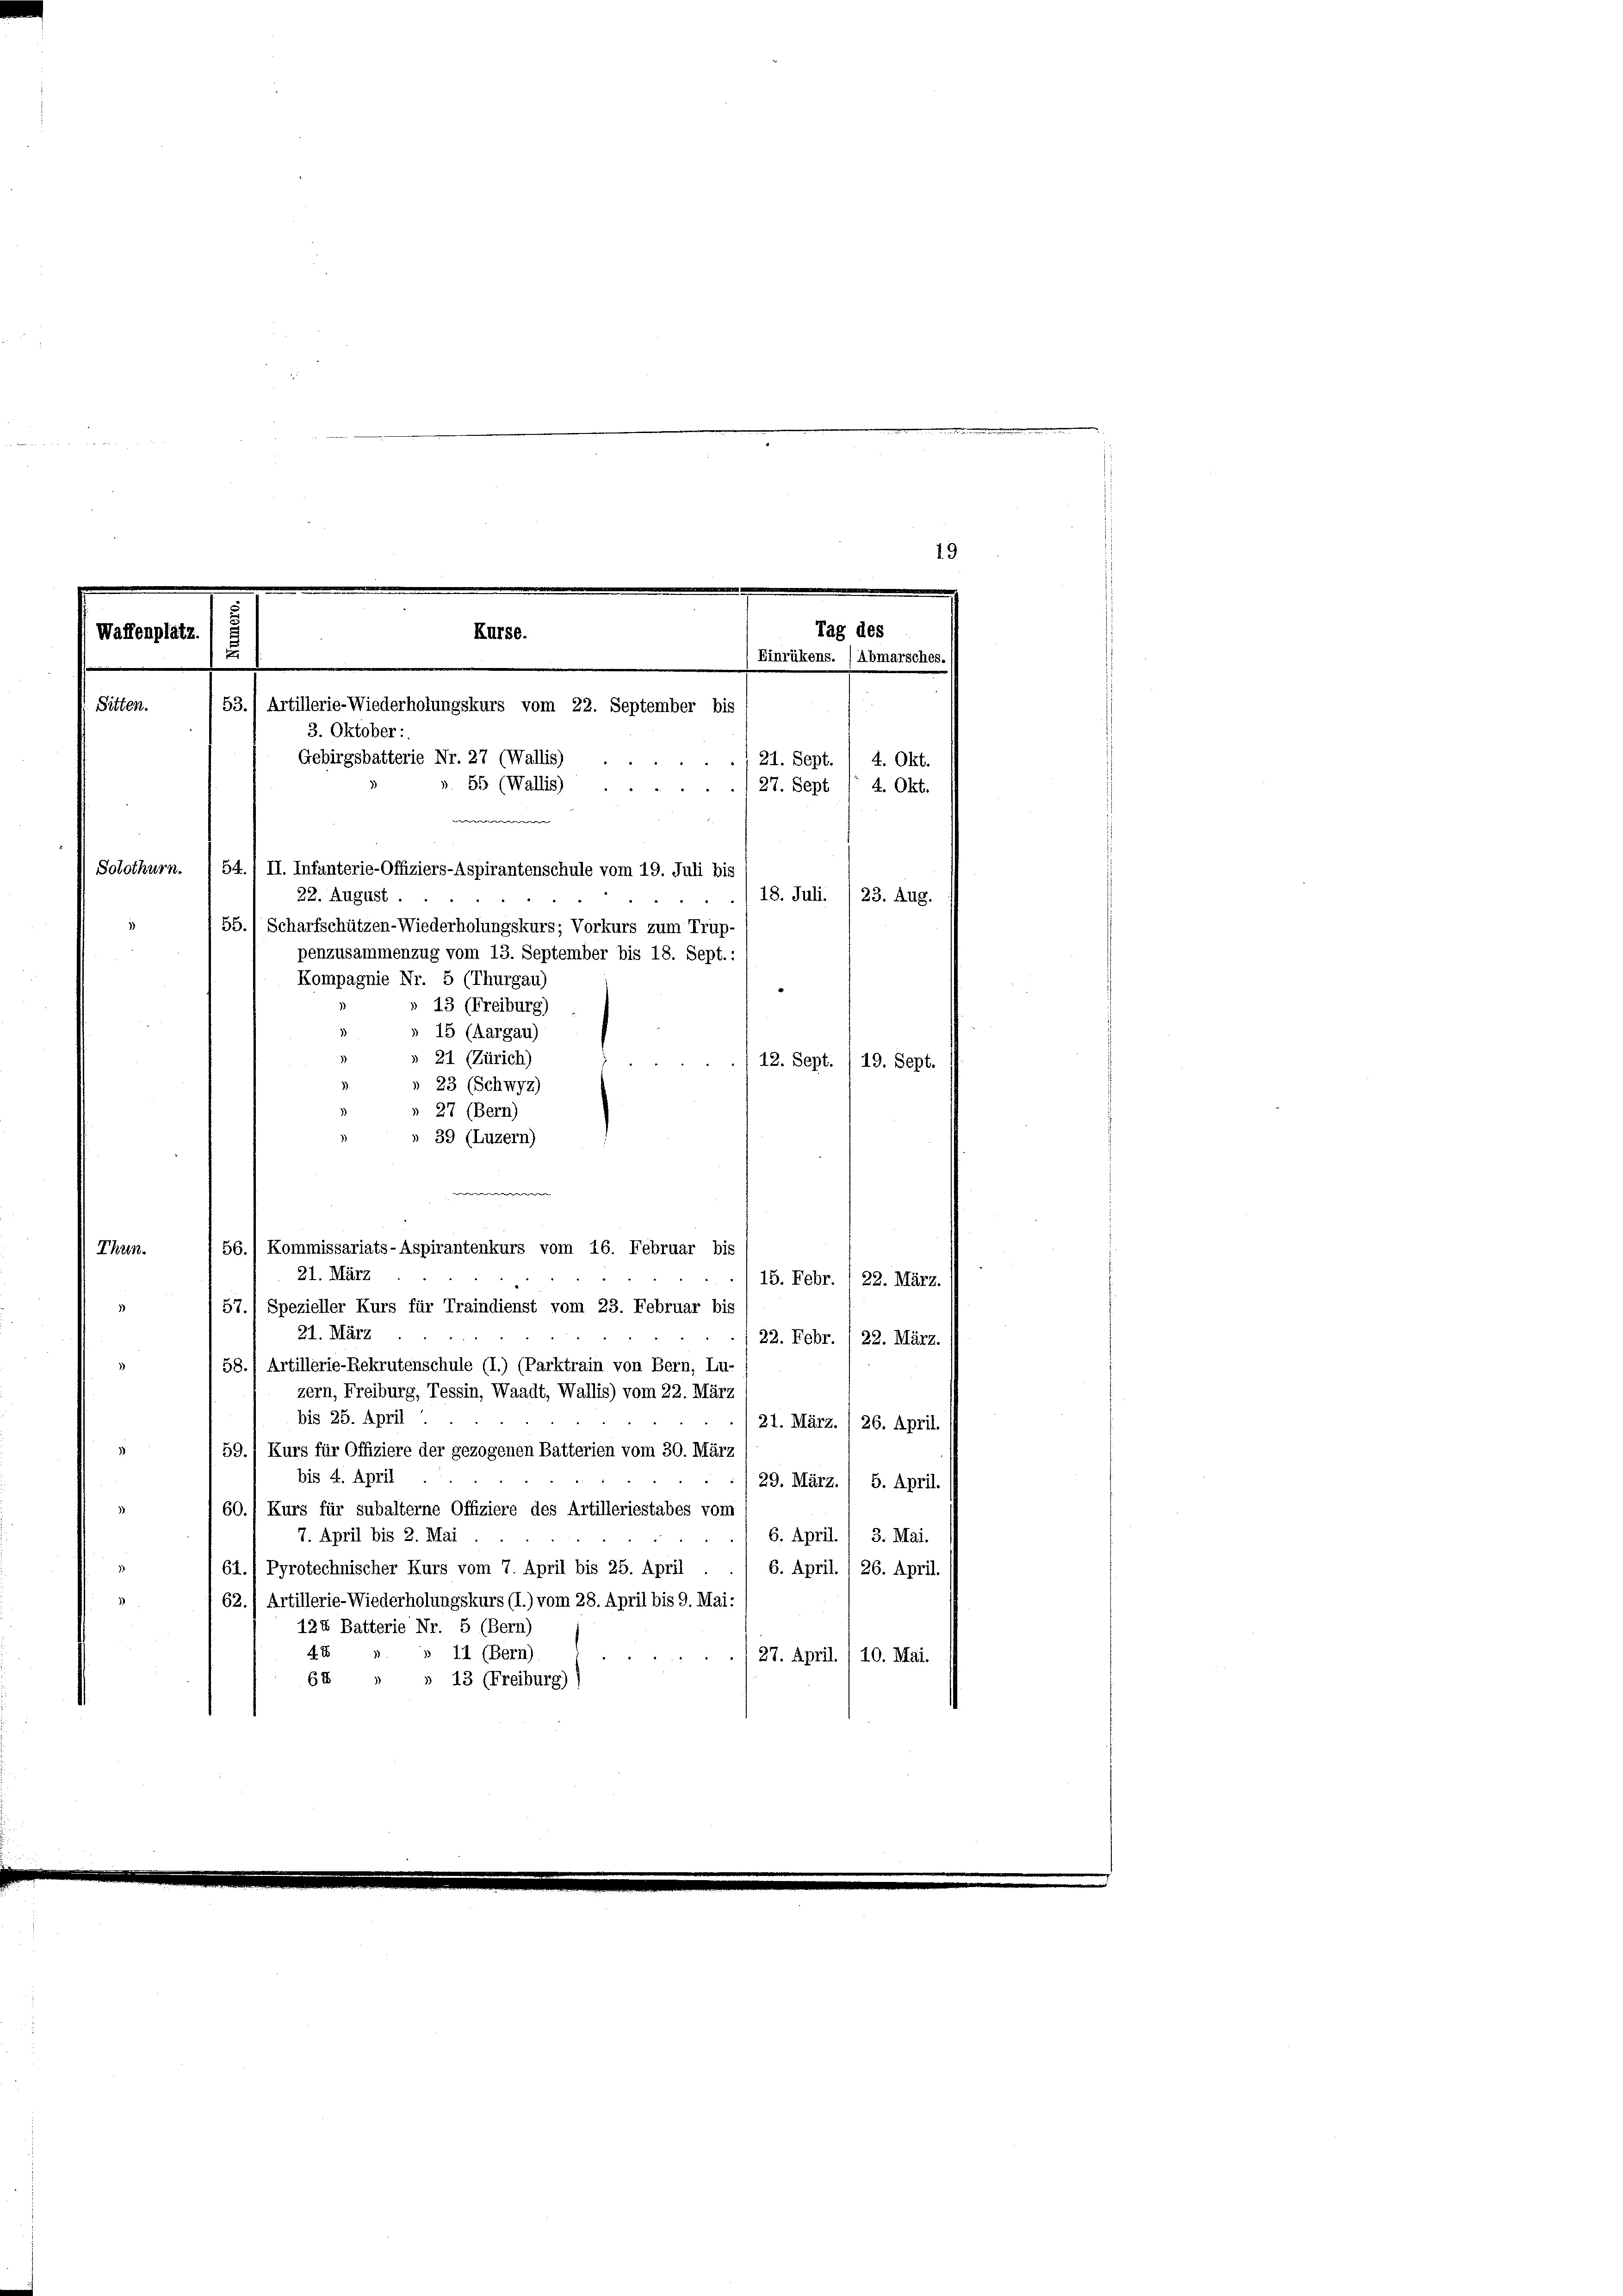
19
Tag des
Waffenplatz.
Kurse.
1
Einrükens. (Abmarsches.
Sitten.
53.) Artillerie-Wiederholungskurs vom 22. September bis
3. Oktober:
Gebirgsbatterie Nr. 27 (Wallis)
21. Sept.
4. Okt.
». 55 (Wallis)
27. Sept / 4. Okt.
e
Solothurn.
54. 1 II. Infanterie-Offiziers-Aspirantenschule vom 19. Juli bis
22. August.
18. Juli. /23. Aug.
55.) Scharfschützen-Wiederholungskurs; Vorkurs zum Trup-

penzusammenzug vom 13. September bis 18. Sept.:
Kompagnie Nr. 5 (Thurgau)
» 13 (Freiburg)
» 15 (Aargau)
» 21 (Zürich)
» 23 (Schwyz)
 27 (Bern)
 39 (Luzern)
e
Kommissariats-Aspirantenkurs vom 16. Februar bis
Thun.
56.
21. März
15. Febr. , 22. März.
57.) Spezieller Kurs für Traindienst vom 23. Februar bis
21. März
22. Febr. (22. März.
58., Artillerie-Rekrutenschule (I.) (Parktrain von Bern, Lu-
zern, Freiburg, Tessin, Waadt, Wallis) vom 22. März
bis 25. April.
21. März. / 26. April.
59.) Kurs für Offiziere der gezogenen Batterien vom 30. März
bis 4. April
29. März. / 5. April.
60.) Kurs für subalterne Offiziere des Artilleriestabes vom
7. April bis 2. Mai.
6. April. 1 3. Mai.
61.) Pyrotechnischer Kurs vom 7. April bis 25. April
6. April. ( 26. April.
62.) Artillerie-Wiederholungskurs (I.) vom 28. April bis 9. Mai:
124 Batterie Nr. 5 (Bern)
4. E
» 11 (Bern)
27. April. /10. Mai.
64
» 13 (Freiburg),

12. Sept. /19. Sept.